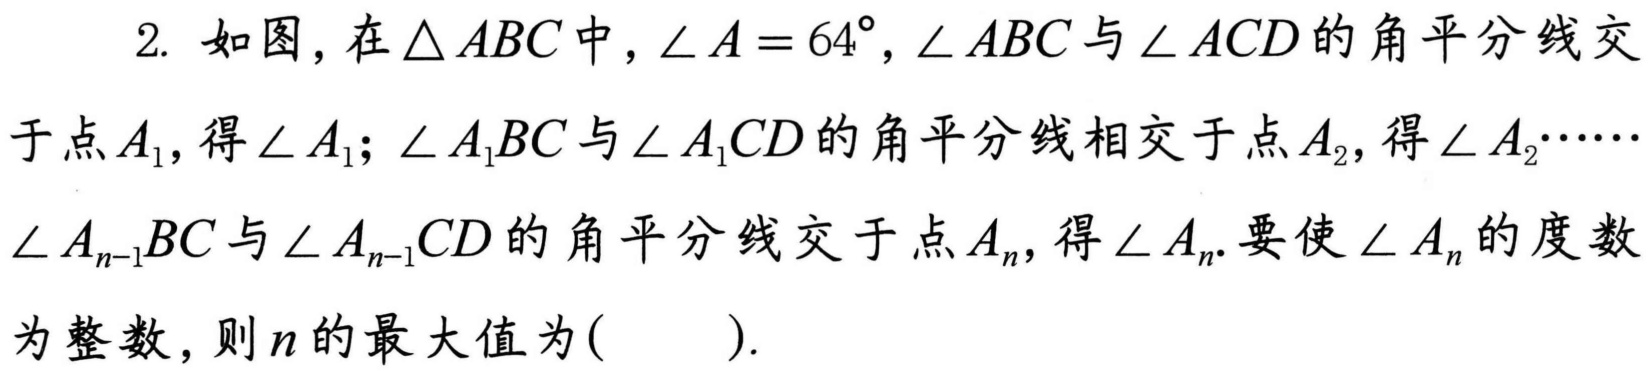
2. 如图，在\(\triangle ABC\)中，\(\angle A = 64^{\circ}\)，\(\angle ABC\)与\(\angle ACD\)的角平分线交于点\(A_{1}\)，得\(\angle A_{1}\)；\(\angle A_{1}BC\)与\(\angle A_{1}CD\)的角平分线相交于点\(A_{2}\)，得\(\angle A_{2}\cdots\cdots\)\(\angle A_{n - 1}BC\)与\(\angle A_{n - 1}CD\)的角平分线交于点\(A_{n}\)，得\(\angle A_{n}\). 要使\(\angle A_{n}\)的度数为整数，则\(n\)的最大值为(  ).